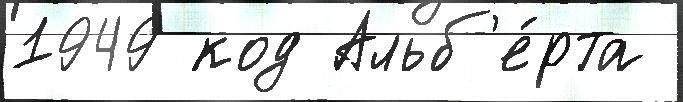
1949 код Альб'е́рта